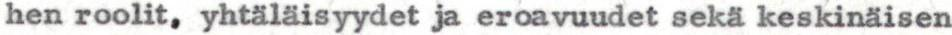
hen roolit, yhtäläisyydet ja eroavuudet sekä keskinäisen